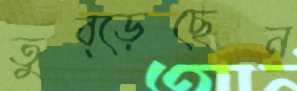
তুব্‌ড়েছেন